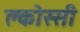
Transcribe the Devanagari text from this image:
क्लोस्सी